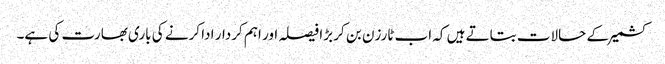
کشمیرکے حالات بتاتے ہیں کہ اب ٹارزن بن کر بڑا فیصلہ اور اہم کردار ادا کرنے کی باری بھارت کی ہے۔